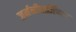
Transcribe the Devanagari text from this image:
जर्मनीधार्जिण्या